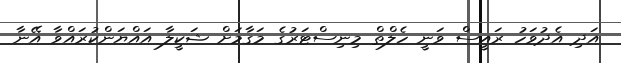
އަދި އެދުވަހު ރައީސް ވަނީ ހެލްތް މިނިސްޓަރުގެ މަގާމަށް ޝަކީލާ އައްޔަންކުރައްވާ އޭނާ